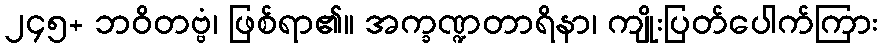
၂၄၅+ ဘဝိတဗ္ဗံ၊ ဖြစ်ရာ၏။ အက္ခဏ္ဍတာရိနာ၊ ကျိုးပြတ်ပေါက်ကြား